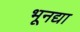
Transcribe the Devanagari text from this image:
भूनद्या